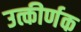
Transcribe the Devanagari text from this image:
उत्कीर्णक